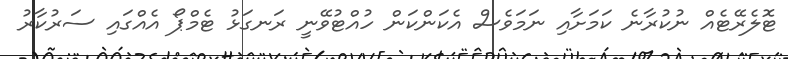
ޓޮލެރޭޓެއް ނުކުރާނެ ކަމަށާއި ނަމަވެސް އެކަންކަން ހުއްޓުވޭނީ ރަނގަޅު ޓެމްޕޯ އެއްގައި ސަރުކާރު